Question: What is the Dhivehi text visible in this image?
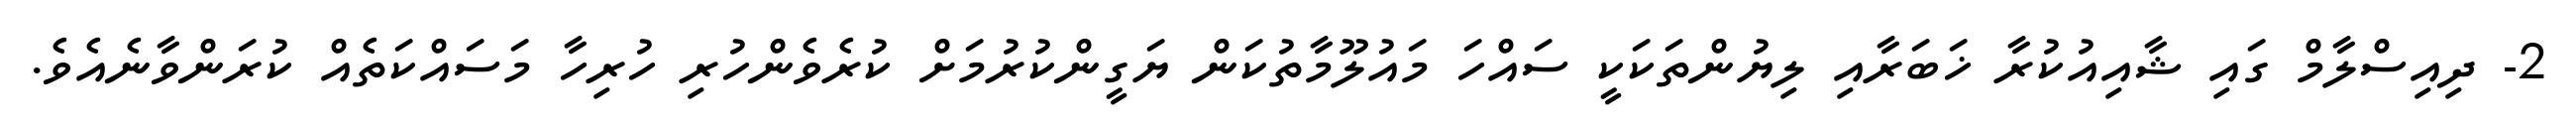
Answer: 2- ދިއިސްލާމް ގައި ޝާއިއުކުރާ ޚަބަރާއި ލިޔުންތަކަކީ ސައްހަ މައުލޫމާތުކަން ޔަގީންކުރުމަށް ކުރެވެންހުރި ހުރިހާ މަސައްކަތެއް ކުރަންވާނެއެވެ.